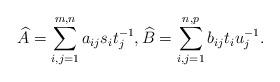
LaTeX: \begin{align*}\widehat{A}=\sum_{i,j=1}^{m,n} a_{ij} s_i t_j^{-1},\widehat{B}=\sum_{i,j=1}^{n,p} b_{ij} t_i u_j^{-1}.\end{align*}